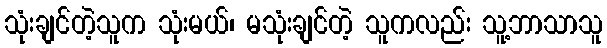
သုံးချင်တဲ့သူက သုံးမယ်၊ မသုံးချင်တဲ့ သူကလည်း သူ့ဘာသာသူ